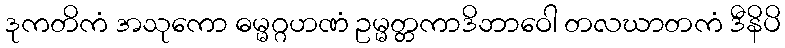
ဒုကတိကံ အသုကော ဓမ္မဂ္ဂဟဏံ ဥမ္မတ္တကာဒိဘာဝေါ တလဃာတကံ ဒီနိပိ